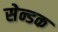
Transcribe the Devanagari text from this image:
सेन्डक